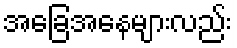
အခြေအနေများလည်း